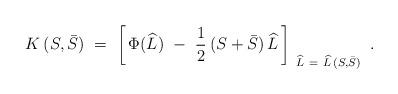
LaTeX: \begin{align*}K\, (S, \bar S)\ =\ \left[\, \Phi (\widehat L)\ -\ \frac{1}{2}\: (S + \bar S)\, \widehat L\, \right]_{\ \widehat L\ =\ \widehat L\, (S, \bar S)}\ .\end{align*}